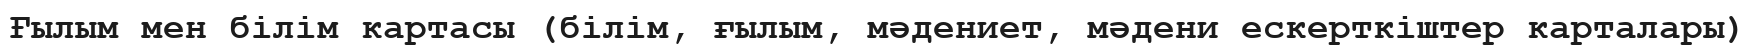
Ғылым мен білім картасы (білім, ғылым, мәдениет, мәдени ескерткіштер карталары)